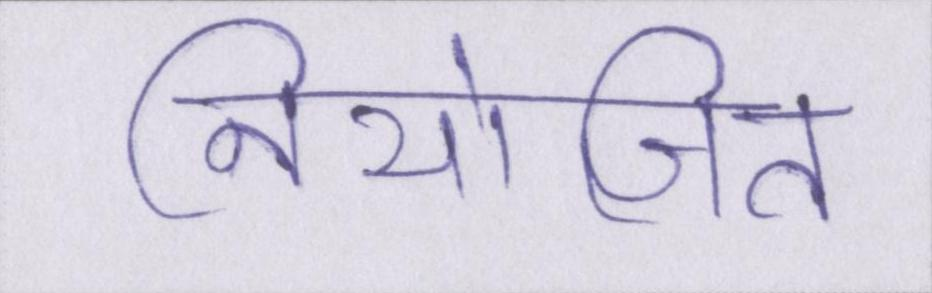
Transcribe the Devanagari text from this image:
नियोजित